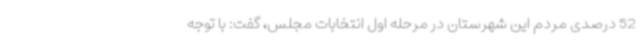
52 درصدی مردم این شهرستان در مرحله اول انتخابات مجلس، گفت: با توجه